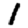
Digit: 1